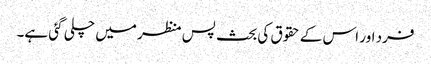
فرد اور اس کے حقوق کی بحث پس منظر میں چلی گئی ہے۔